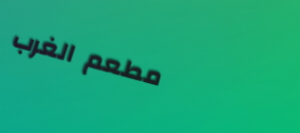
مطعم الغرب